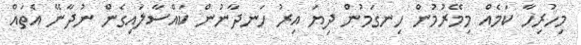
މިހުރިހާ ކަމެއް މިމޭރުމުން ހިނގަމުން ދިޔަ އިރު ހަނދާނުން ކައްސާލައިގެން ނުދާނޭ އެތައް